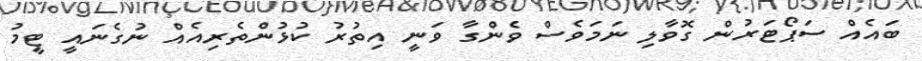
ބައެއް ސަޕޯޓަރުން ގޮވާލި ނަމަވެސް ވެންގާ ވަނީ އިތުރު ކުޅުންތެރިއެއް ނުގެނައީ ޓީމު